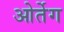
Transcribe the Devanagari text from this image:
ओर्तेग